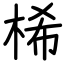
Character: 桸